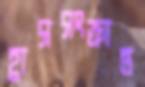
হ্রাসসংক্রান্ত